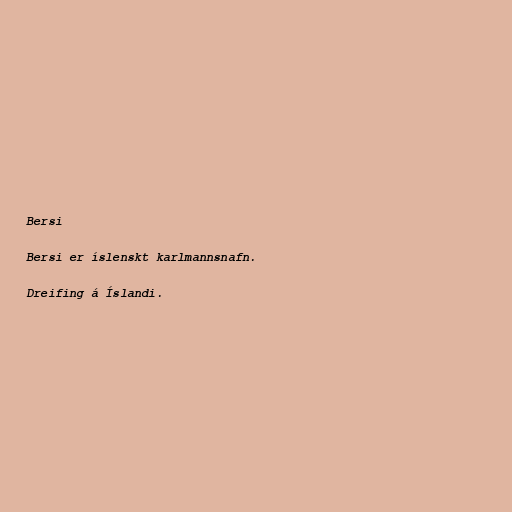
Bersi

Bersi er íslenskt karlmannsnafn.

Dreifing á Íslandi.